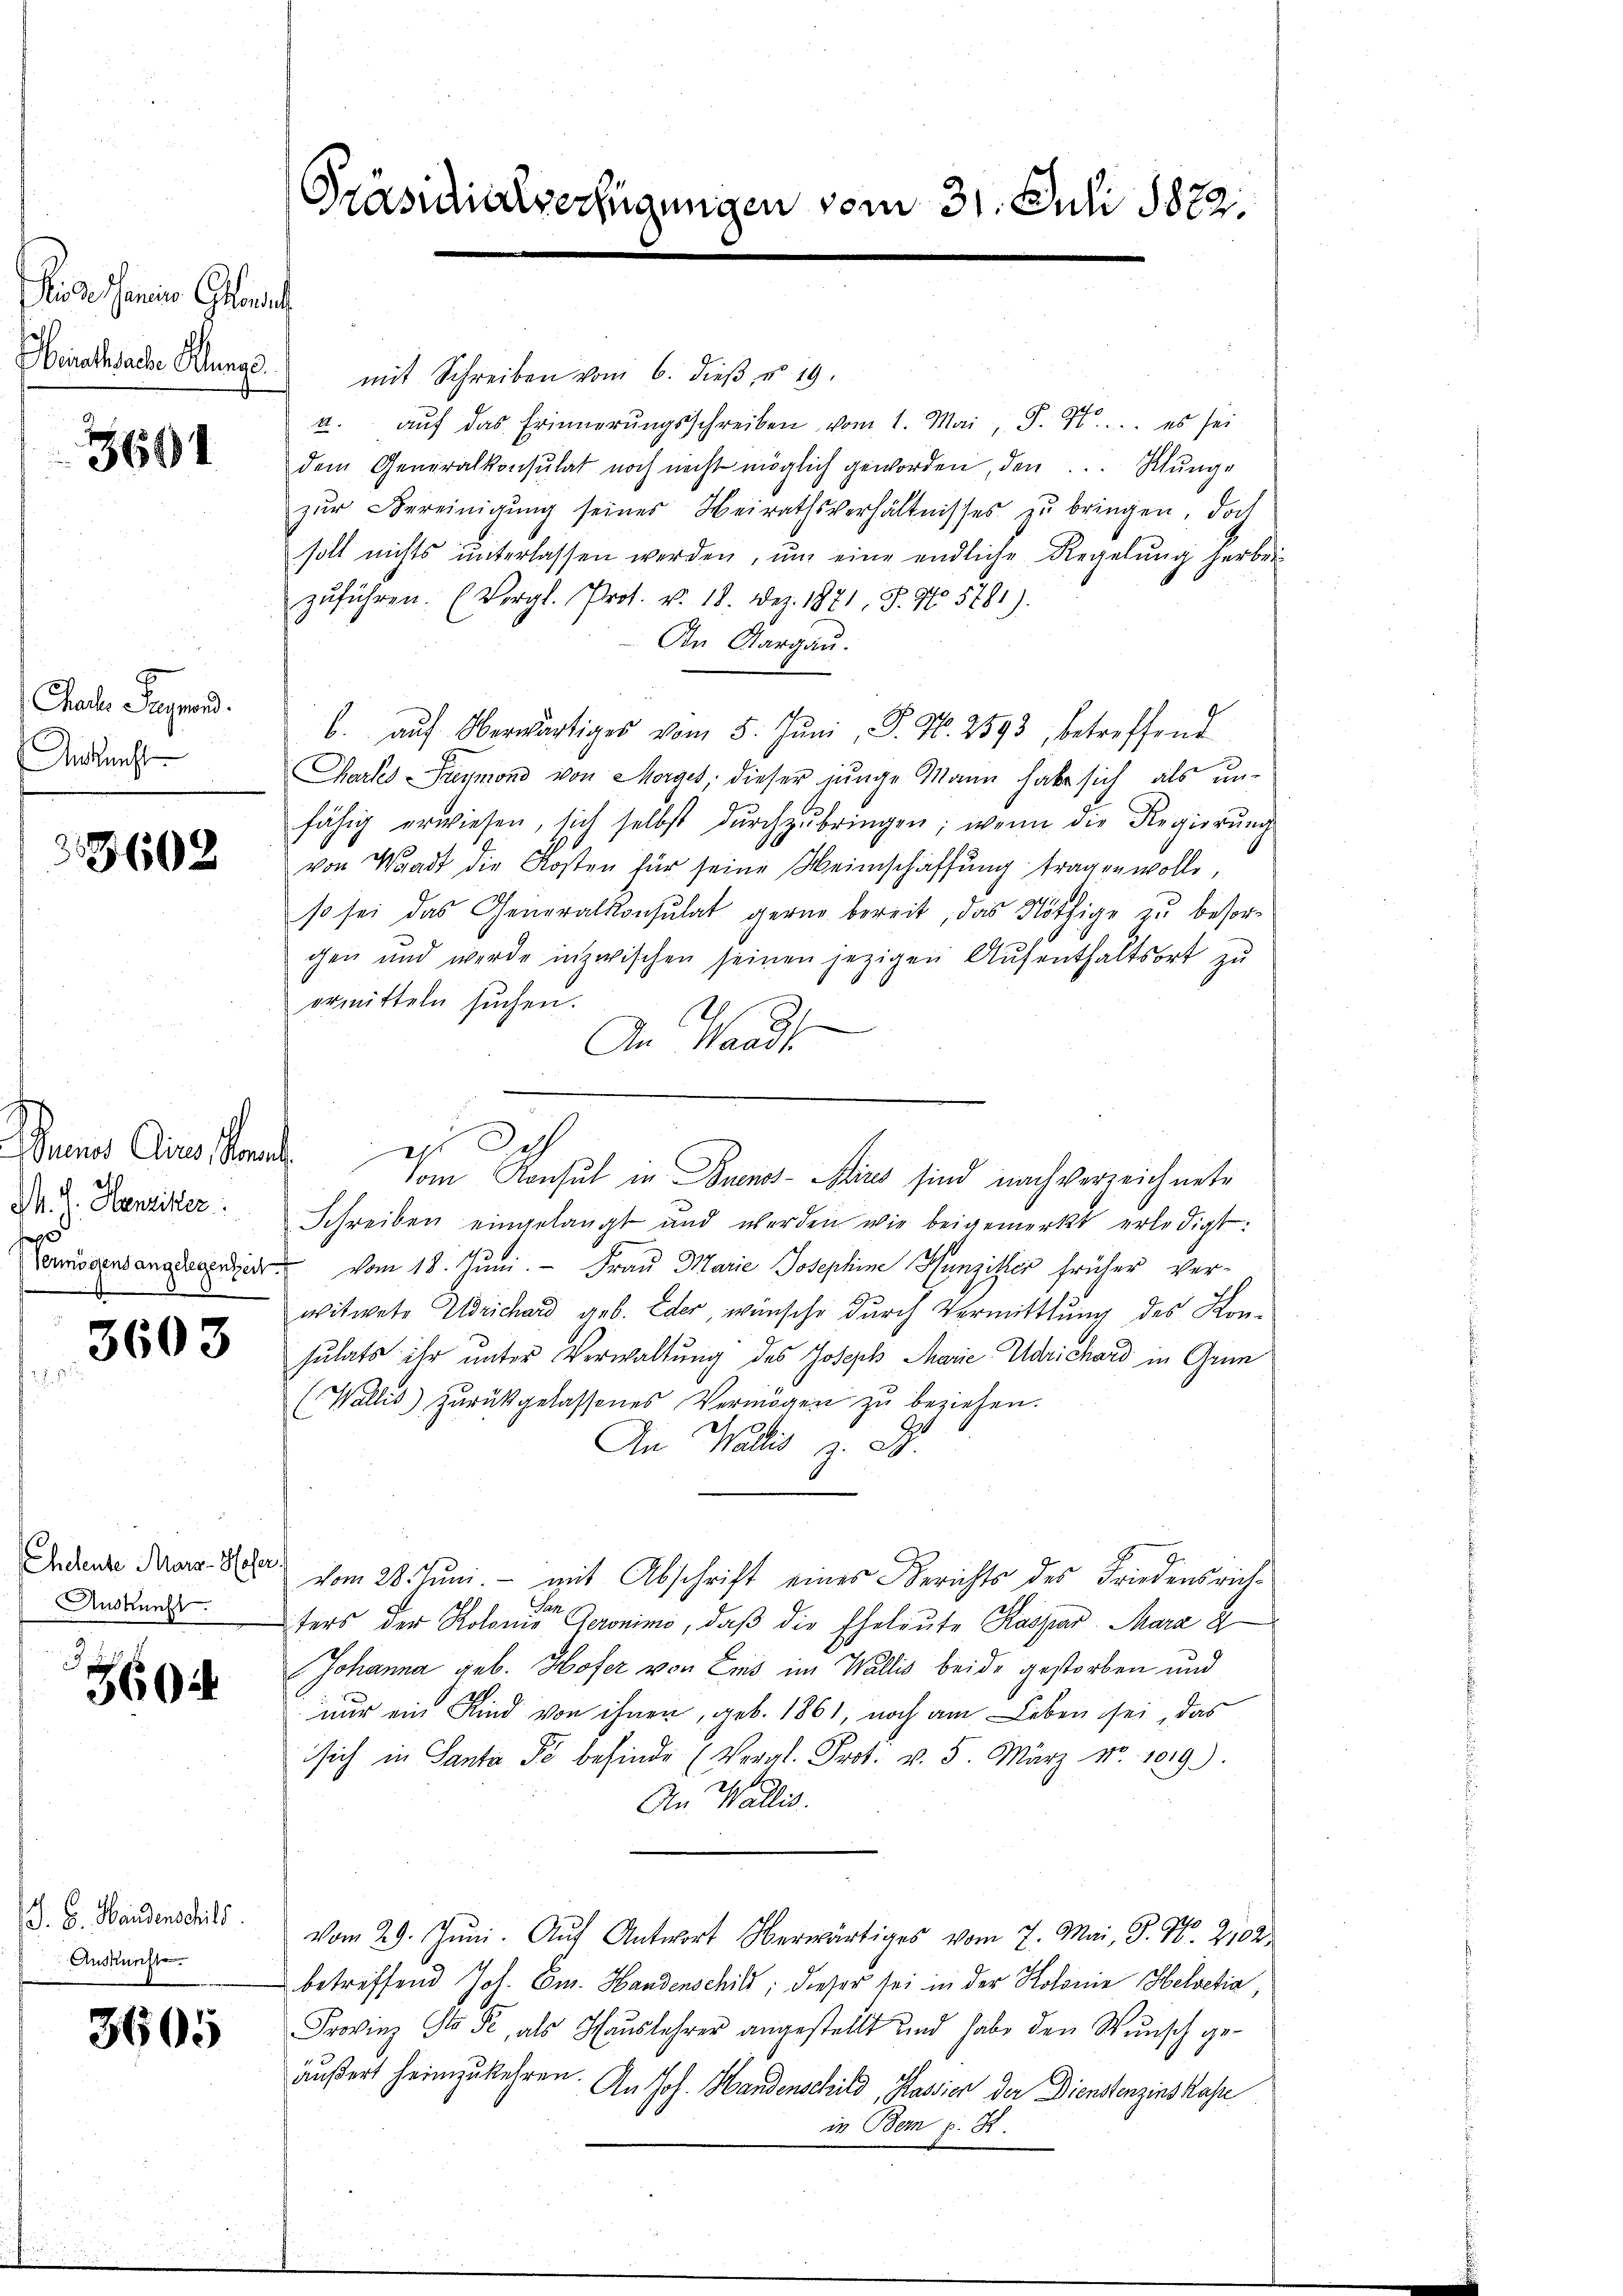
Rio de Janeiro Consul
Berathsache Klunge

3691

Phael Signand.
Ankunft

3602

Mund eines Staat
M. J. Henziker
f

3603

Auskunft.

360

. G. Handenschild
Auskunste.

3605

mit Schreiben vom 6. dieß, u. 19.
2. aŭf das Erinnerŭngsschreiben vom 1. Mai, S. 1. es sei
dem Generalkonsulat noch nicht möglich geworden, den ...  Klunge
zur Bereinigung seines Heirathsverhältnisses zu bringen, doch
soll nichts ŭnterlassen werden, ŭm eine endliche Regelŭng herbei-
zŭführen. (Vergl. Prot. v. 18. Der. 1871, S. No. 5781).
In Aargau.
b. aŭf Oberwärtiges vom 5. Jŭni  P. Nr. 2593, betreffend
Chartes Preymond von Morges, dieser junge Mann habe sich als un-
fähig erwiesen, sich selbst dŭrchzŭbringen; wenn die Regierŭng
von Waadt die Kosten für seine Meinschaffung tragen wolle,
so sei das Generalkonsulat gerne bereit, das Nöthige zu besorgen und werde inzwischen seinen jezigen Aufenthaltsort zu
ormitteln sŭchen.
An Waadt
Vom Konsul in Buenos-Aires sind nach verzeichnete
Schreiben eingelangt und werden wie beigemerkt erledigt:
Vermögensangelegenheit vom 18. Juni.  Frau Marie Josephine Hunziker früher Ver-
witwete Adrichard geb. Eder, wünsche durch Vermittlung des Konsulats ihr unter Verwaltung des Joseph Marie Adrichard in Grun
(Wallis) zŭrückgelassenes Vermögen zŭ beziehen.
An Wallis z. B.
Indern daran. 800 vom 28. Juni. - mit Abschrift eines Berichts des Friedensrichters der rest: Kolonien Geronino, daß die Eheleute Kaspar Mara d
Johanna geb. Hofer von Eins im Wallis beide gestorben und
nur ein Kind von ihnen, geb. 1861, noch am Leben sei, das
sich in Santa So befinde (Vergl. Prot. v. 5. März No. 1019).
A
An Wallis.
vom 29. Jŭni. Aŭf Antwort Oberwärtiges vom 7. Mai, P. Nr. 2102
betreffend Joh. Cm. Handenschils; dieser sei in der Kolonie Helvetia,
Provinz Sto Pe, als Haŭslehrer angestellt und habe den Wŭnsch ge-
äußert heimzukehren. An Joh. Handenschild, Kassier der Dienstenzinskass
in Bern p. R.

Präsidialverfügungen vom 31. Juli 1822.

d Ich